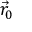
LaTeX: { \vec { r } } _ { 0 }